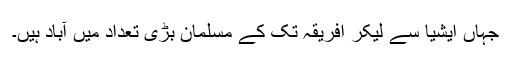
جہاں ایشیا سے لیکر افریقہ تک کے مسلمان بڑی تعداد میں آباد ہیں۔